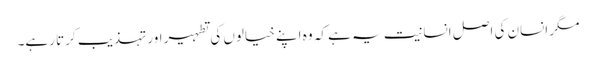
مگر انسان کی اصل انسانیت یہ ہے کہ وہ اپنے خیالوں کی تطہیر اور تہذیب کرتا رہے۔